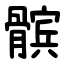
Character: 髌